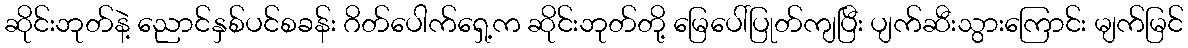
ဆိုင်းဘုတ်နဲ့ ညောင်နှစ်ပင်စခန်း ဂိတ်ပေါက်ရှေ့က ဆိုင်းဘုတ်တို့ မြေပေါ်ပြုတ်ကျပြီး ပျက်ဆီးသွားကြောင်း မျက်မြင်